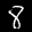
Label: 8